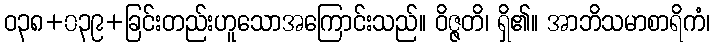
ဝ၃၈+၀၃၉+ခြင်းတည်းဟူသောအကြောင်းသည်။ ဝိဇ္ဇတိ၊ ရှိ၏။ အာဘိသမာစာရိကံ၊